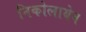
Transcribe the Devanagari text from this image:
निकोलायेव